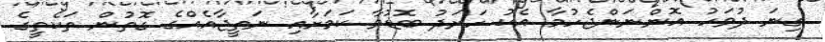
ގިނަ ދުވަހު އޮންނަންޖެހުމާ އެކު ހަރަދު ބޮޑުވާ ކަމަށާއި ނަތީޖާއެއްގެ ގޮތުން ތަކެތީގެ